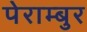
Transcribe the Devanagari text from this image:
पेराम्बुर